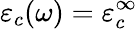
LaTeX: \varepsilon_{c}(\omega)=\varepsilon_{c}^{\infty}